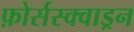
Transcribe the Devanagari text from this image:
फ़ोर्सस्क्वाड्रन